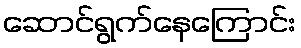
ဆောင်ရွက်နေကြောင်း